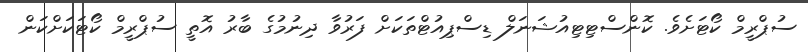
ސުޕްރީމް ކޯޓަށެވެ. ކޮންސްޓިޓިއުޝަނަލް ޑިސްޕިއުޓްތަކަށް ފަރުވާ ދިނުމުގެ ބާރު އޮތީ ސުޕްރީމް ކޯޓަކަށްކަން